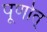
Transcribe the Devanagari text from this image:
पूर्णात्